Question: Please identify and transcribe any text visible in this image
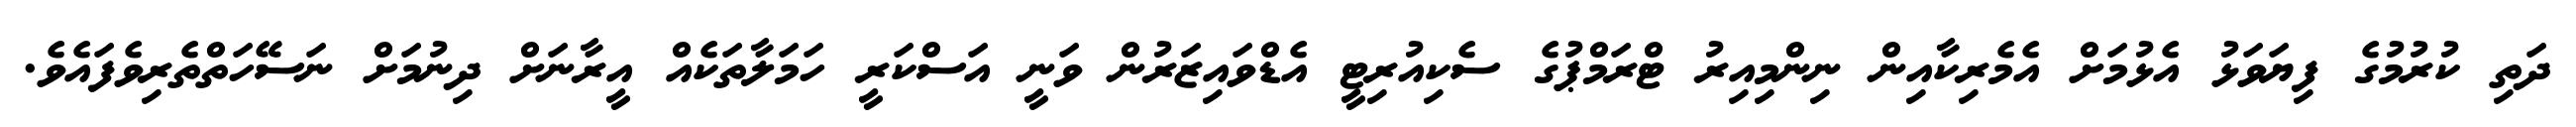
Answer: ދަތި ކުރުމުގެ ފިޔަވަޅު އެޅުމަށް އެމެރިކާއިން ނިންމިއިރު ޓްރަމްޕުގެ ސެކިއުރިޓީ އެޑްވައިޒަރުން ވަނީ އަސްކަރީ ހަމަލާތަކެއް އީރާނަށް ދިނުމަށް ނަސޭހަތްތެރިވެފައެވެ.